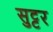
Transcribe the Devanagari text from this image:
सुट्टर